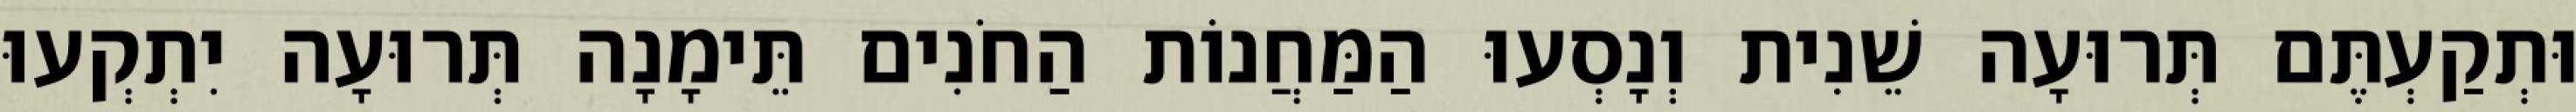
וּתְקַעְתֶּם תְּרוּעָה שֵׁנִית וְנָסְעוּ הַמַּחֲנוֹת הַחֹנִים תֵּימָנָה תְּרוּעָה יִתְקְעוּ